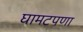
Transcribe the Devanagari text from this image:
घामटपणा